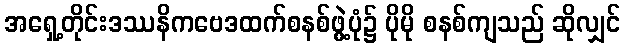
အရှေ့တိုင်းဒဿနိကဗေဒထက်စနစ်ဖွဲ့ပုံ၌ ပိုမို စနစ်ကျသည် ဆိုလျှင်